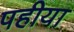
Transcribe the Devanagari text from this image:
पहीया